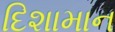
દિશામાન